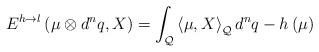
LaTeX: \begin{align*}E^{h\rightarrow l}\left( \mu \otimes d^{n}q,X\right) =\int_{\mathcal{Q}}\left\langle \mu ,X\right\rangle _{\mathcal{Q}}d^{n}q-h\left( \mu\right)\end{align*}